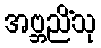
အဗ္ဘညိံသု